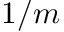
1 / m